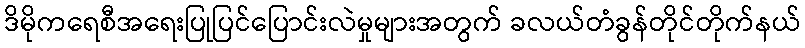
ဒိမိုကရေစီအရေးပြုပြင်ပြောင်းလဲမှုများအတွက် ခလယ်တံခွန်တိုင်တိုက်နယ်